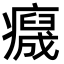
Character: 𤻯